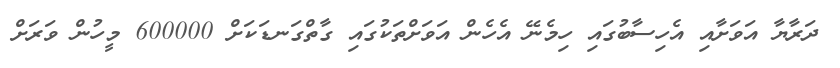
ދަރާޔާ އަވަށާއި އެހިސާބުގައި ހިމެނޭ އެހެން އަވަށްތަކުގައި ގާތްގަނޑަކަށް 600000 މީހުން ވަރަށް